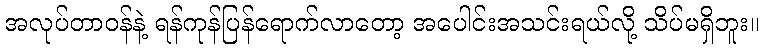
အလုပ်တာဝန်နဲ့ ရန်ကုန်ပြန်ရောက်လာတော့ အပေါင်းအသင်းရယ်လို့ သိပ်မရှိဘူး။